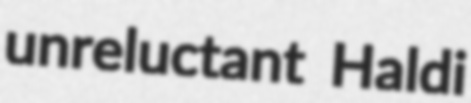
unreluctant Haldi